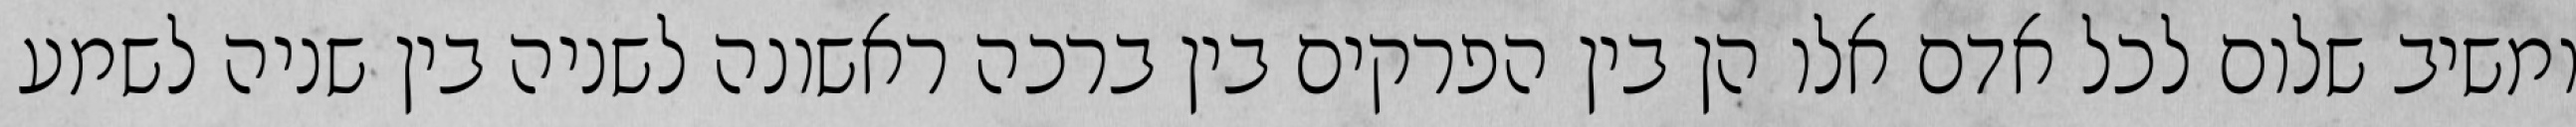
ומשיב שלום לכל אדם אלו הן בין הפרקים בין ברכה ראשונה לשניה בין שניה לשמע